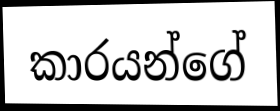
කාරයන්ගේ